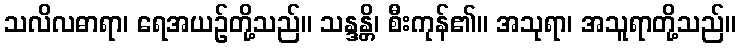
သလိလဓာရာ၊ ရေအယဉ်တို့သည်။ သန္ဒန္တိ၊ စီးကုန်၏။ အသုရာ၊ အသူရာတို့သည်။